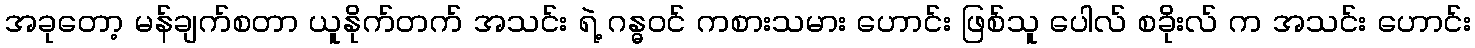
အခုတော့ မန်ချက်စတာ ယူနိုက်တက် အသင်း ရဲ့ ဂန္ဓဝင် ကစားသမား ဟောင်း ဖြစ်သူ ပေါလ် စခိုးလ် က အသင်း ဟောင်း